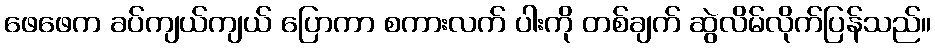
ဖေဖေက ခပ်ကျယ်ကျယ် ပြောကာ စကားလက် ပါးကို တစ်ချက် ဆွဲလိမ်လိုက်ပြန်သည်။